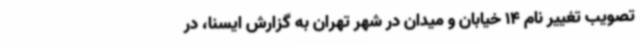
تصویب تغییر نام 14 خیابان و میدان در شهر تهران به گزارش ایسنا، در